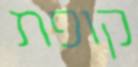
קופת